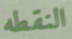
النقطه